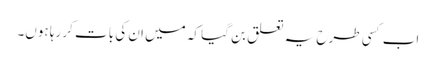
اب کسی طرح یہ تعلق بن گیا کہ میں ان کی بات کر رہا ہوں۔